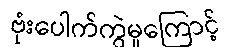
ဗုံးပေါက်ကွဲမှုကြောင့်